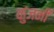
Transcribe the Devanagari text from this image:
कुंजनी